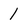
Character: 1